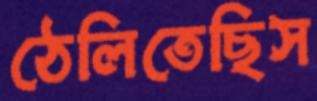
ঠেলিতেছিস